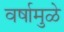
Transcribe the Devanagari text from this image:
वर्षामुळे